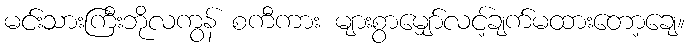
မင်းသားကြီးဘိုလကွန် စကီကား များစွာမျှော်လင့်ချက်မထားတော့ချေ။